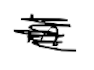
Text: in
Cross-out: scratch
Writing tool: digital_black